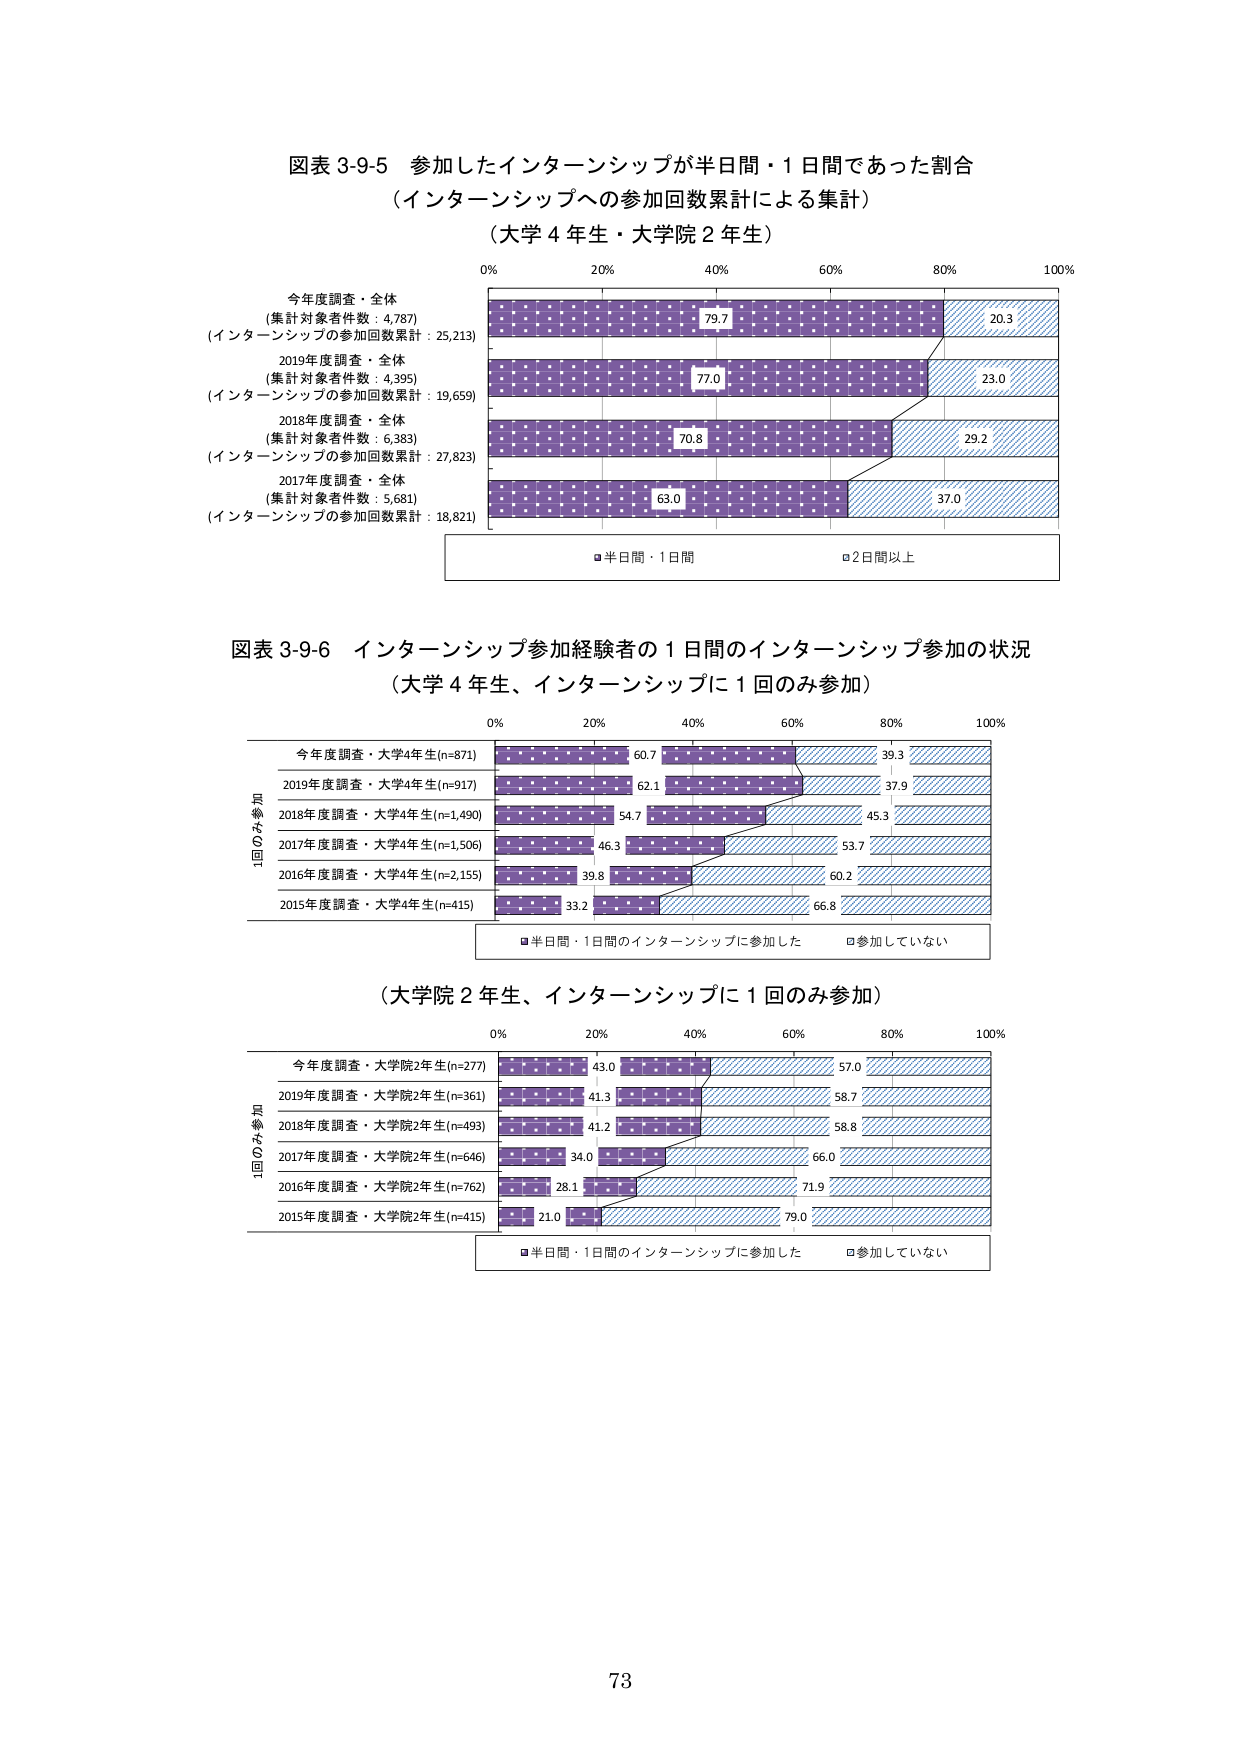
図表 3-9-5 参加したインターンシップが半日間・1日間であった割合
（インターンシップへの参加回数累計による集計）
（大学4年生・大学院2年生）

今年度調査・全体
（集計対象者件数：4,787）
（インターンシップの参加回数累計：25,213）

2019年度調査・全体
（集計対象者件数：4,395）
（インターンシップの参加回数累計：19,659）

2018年度調査・全体
（集計対象者件数：6,383）
（インターンシップの参加回数累計：27,823）

2017年度調査・全体
（集計対象者件数：5,681）
（インターンシップの参加回数累計：18,821）

■半日間・1日間
□2日間以上

79.7
20.3
77.0
23.0
70.8
29.2
63.0
37.0

図表 3-9-6 インターンシップ参加経験者の1日間のインターンシップ参加の状況
（大学4年生、インターンシップに1回のみ参加）

今年度調査・大学4年生(n=871)
2019年度調査・大学4年生(n=917)
2018年度調査・大学4年生(n=1,490)
2017年度調査・大学4年生(n=1,506)
2016年度調査・大学4年生(n=2,155)
2015年度調査・大学4年生(n=415)

■半日間・1日間のインターンシップに参加した
□参加していない

60.7
39.3
62.1
37.9
54.7
45.3
46.3
53.7
39.8
60.2
33.2
66.8

（大学院2年生、インターンシップに1回のみ参加）

今年度調査・大学院2年生(n=277)
2019年度調査・大学院2年生(n=361)
2018年度調査・大学院2年生(n=493)
2017年度調査・大学院2年生(n=646)
2016年度調査・大学院2年生(n=762)
2015年度調査・大学院2年生(n=415)

■半日間・1日間のインターンシップに参加した
□参加していない

43.0
57.0
41.3
58.7
41.2
58.8
34.0
66.0
28.1
71.9
21.0
79.0

73